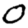
Digit: 0